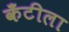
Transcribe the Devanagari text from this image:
कँटीला